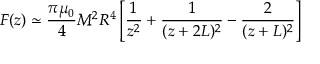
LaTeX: F ( z ) \simeq { \frac { \pi \mu _ { 0 } } { 4 } } M ^ { 2 } R ^ { 4 } \left[ { \frac { 1 } { z ^ { 2 } } } + { \frac { 1 } { ( z + 2 L ) ^ { 2 } } } - { \frac { 2 } { ( z + L ) ^ { 2 } } } \right]